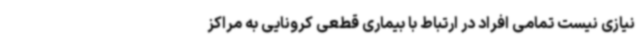
نیازی نیست تمامی افراد در ارتباط با بیماری قطعی کرونایی به مراکز